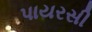
પાયરસી